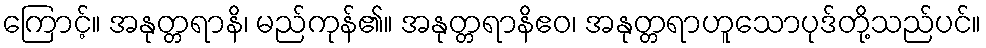
ကြောင့်။ အနုတ္တရာနိ၊ မည်ကုန်၏။ အနုတ္တရာနိဧဝ၊ အနုတ္တရာဟူသောပုဒ်တို့သည်ပင်။